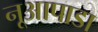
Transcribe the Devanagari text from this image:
नूआपाडा